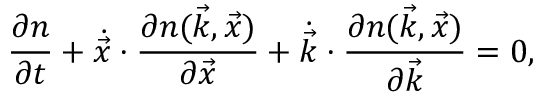
\frac { \partial n } { \partial t } + \dot { \vec { x } } \cdot \frac { \partial n ( \vec { k } , \vec { x } ) } { \partial \vec { x } } + \dot { \vec { k } } \cdot \frac { \partial n ( \vec { k } , \vec { x } ) } { \partial \vec { k } } = 0 ,